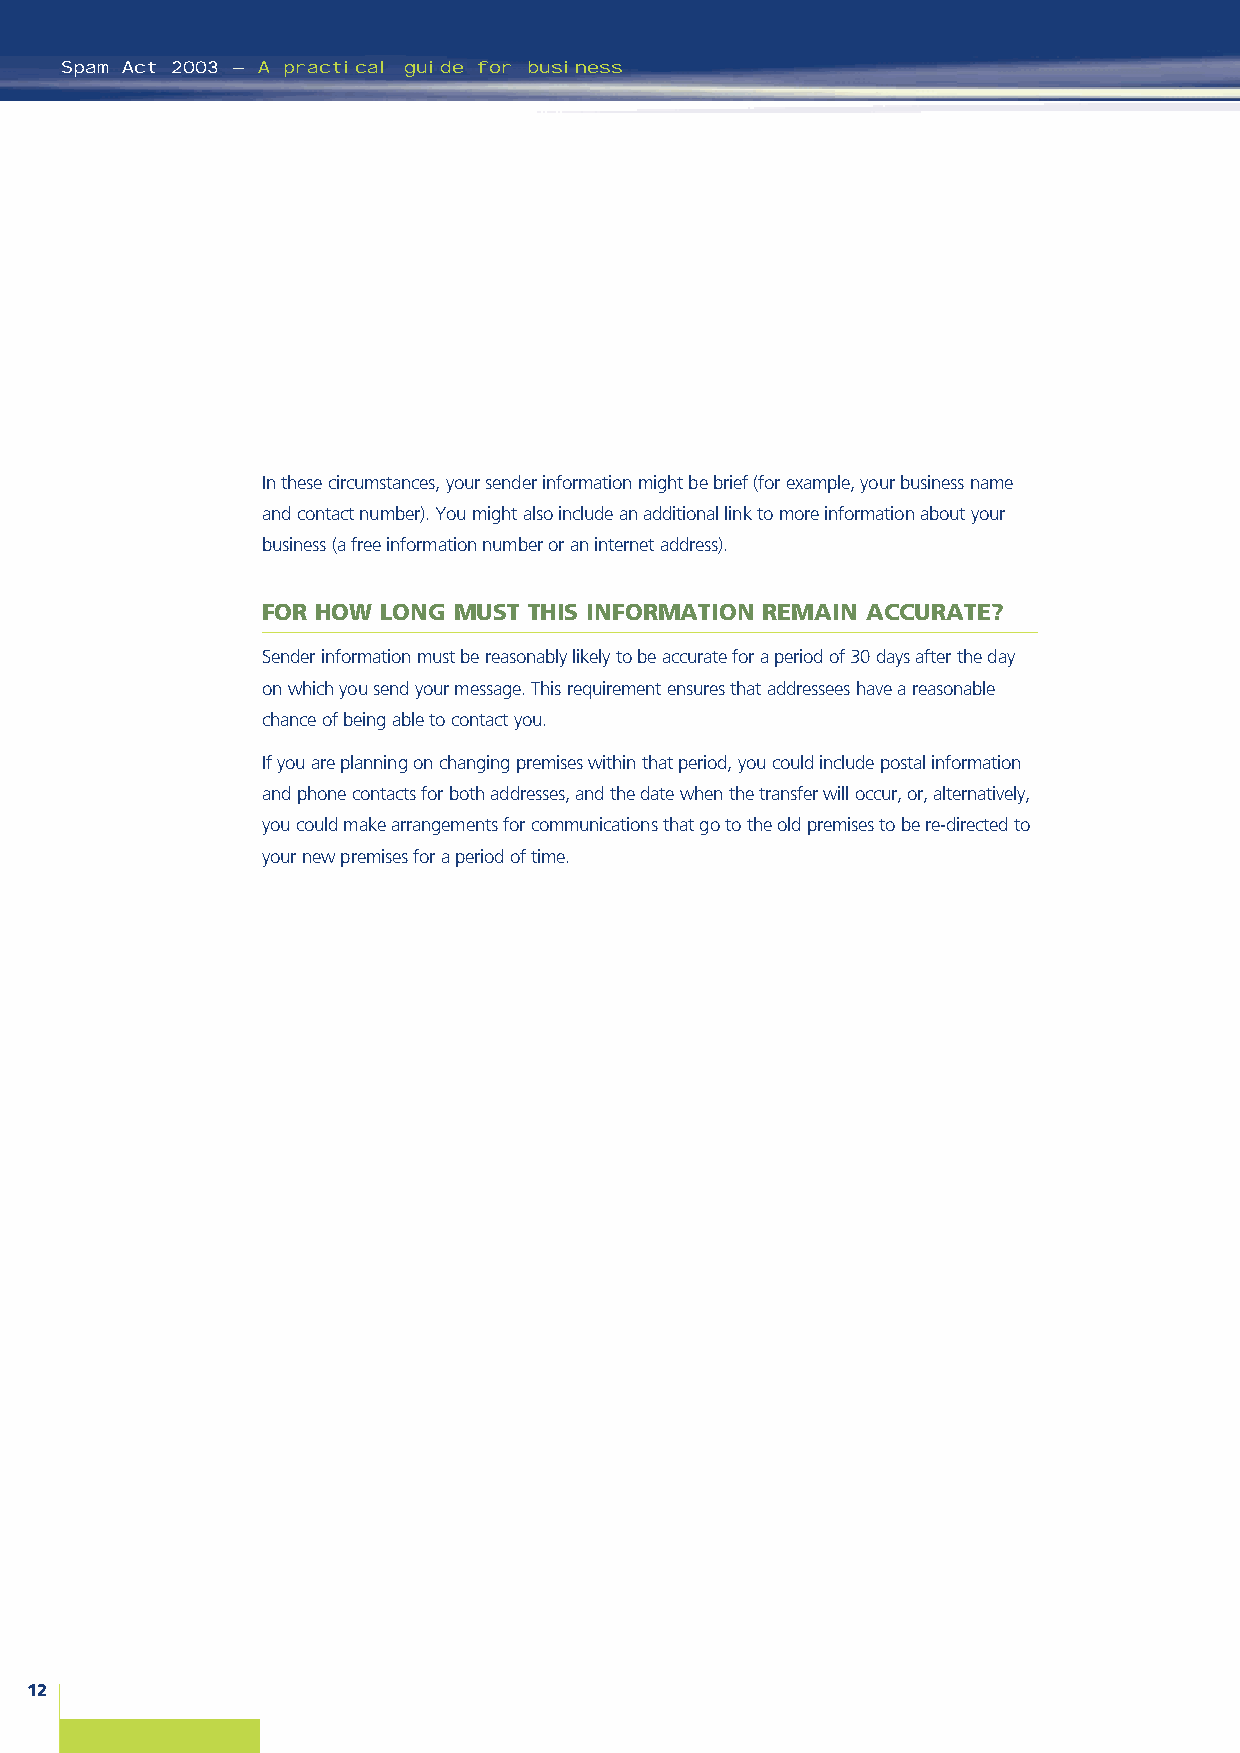
Spam Act 2003 – A practical guide for business
 In these circumstances, your sender information might be brief (for example, your business name
 and contact number). You might also include an additional link to more information about your
 business (a free information number or an internet address).
 FOR HOW LONG MUST THIS INFORMATION REMAIN ACCURATE?
 Sender information must be reasonably likely to be accurate for a period of 30 days after the day
 on which you send your message. This requirement ensures that addressees have a reasonable
 chance of being able to contact you.
 If you are planning on changing premises within that period, you could include postal information
 and phone contacts for both addresses, and the date when the transfer will occur, or, alternatively,
 you could make arrangements for communications that go to the old premises to be re-directed to
 your new premises for a period of time.
 12